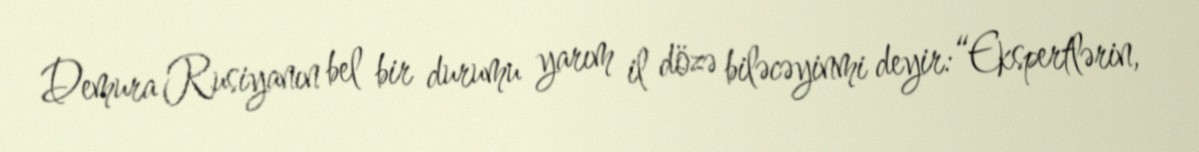
Demura Rusiyanın bel bir durumu yarım il dözə biləcəyinmi deyir:“Ekspertlərin,